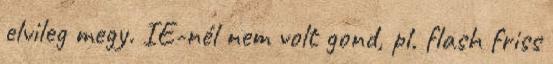
elvileg megy. IE-nél nem volt gond, pl. flash friss